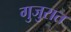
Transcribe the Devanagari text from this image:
गुजुरात